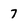
Character: 7